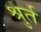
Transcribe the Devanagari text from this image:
श्रुर्त